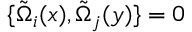
\{ \tilde { \Omega } _ { i } ( x ) , \tilde { \Omega } _ { j } ( y ) \} = 0